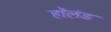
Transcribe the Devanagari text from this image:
हाॅलंड